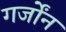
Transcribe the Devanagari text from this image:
गर्जोंन